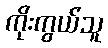
ကိုးကွယ်သူ